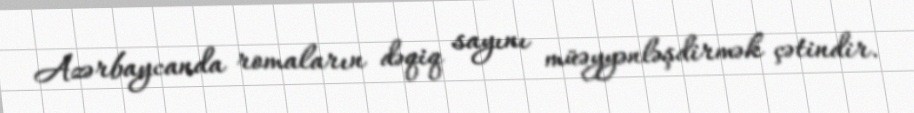
Azərbaycanda romaların dəqiq sayını müəyyənləşdirmək çətindir.